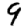
Digit: 9